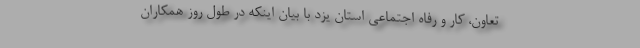
تعاون،‌ کار و رفاه اجتماعی استان یزد با بیان اینکه در طول روز همکاران